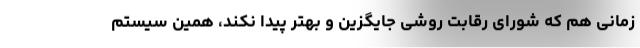
زمانی هم که شورای رقابت روشی جایگزین و بهتر پیدا نکند، همین سیستم